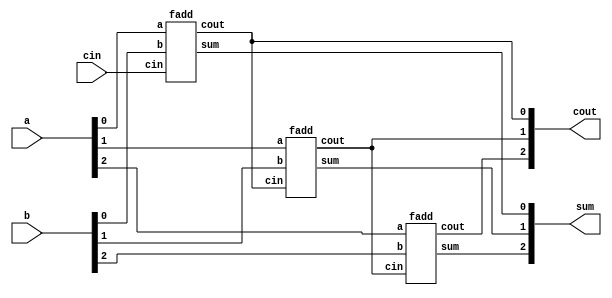
module top_module( 
    input [2:0] a, b,
    input cin,
    output [2:0] cout,
    output [2:0] sum );
    
    fadd fadd_inst_0 (
        .a(a[0]),
        .b(b[0]),
        .cin(cin),
        .cout(cout[0]),
        .sum(sum[0])
    );
    
    fadd fadd_inst_1 (
        .a(a[1]),
        .b(b[1]),
        .cin(cout[0]),
        .cout(cout[1]),
        .sum(sum[1])
    );
    
    fadd fadd_inst_2 (
        .a(a[2]),
        .b(b[2]),
        .cin(cout[1]),
        .cout(cout[2]),
        .sum(sum[2])
    );
    
endmodule
        
module fadd( 
    input a, b, cin,
    output cout, sum );
    
    assign sum = a ^ b ^ cin;
    assign cout = a&b | a&cin | b&cin;

endmodule